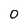
Character: 0